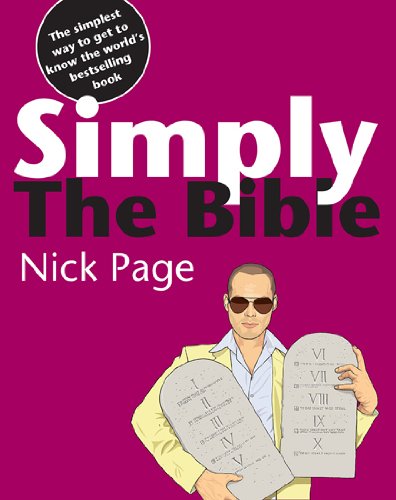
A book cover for Simply the Bible; Nick Page; Christian Books & Bibles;